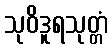
သုဝိဒူရသုတ္တံ